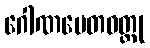
ဂေါဏပေတဝတ္ထု